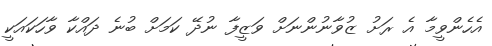
އެހެންވީމާ އެ ރަށު ޒުވާނުންނަށް ވަޒީފާ ނުދޭ ކަމަށް ބުނެ ދައްކާ ވާހަކައަކީ